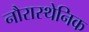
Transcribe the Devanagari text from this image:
नौरास्थेनिक